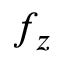
f _ { z }